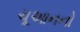
ચૂઆનનો